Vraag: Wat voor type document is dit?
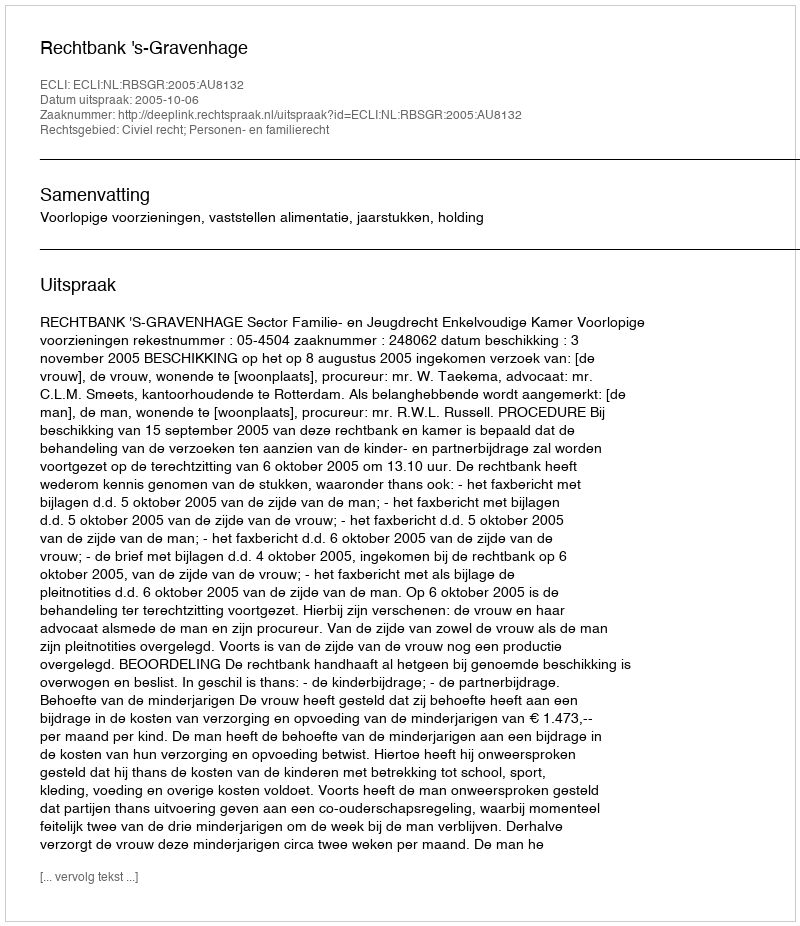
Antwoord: Uitspraak